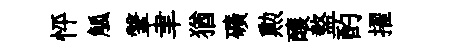
怦觚鞶聿猶礦勲釀盩酌擢